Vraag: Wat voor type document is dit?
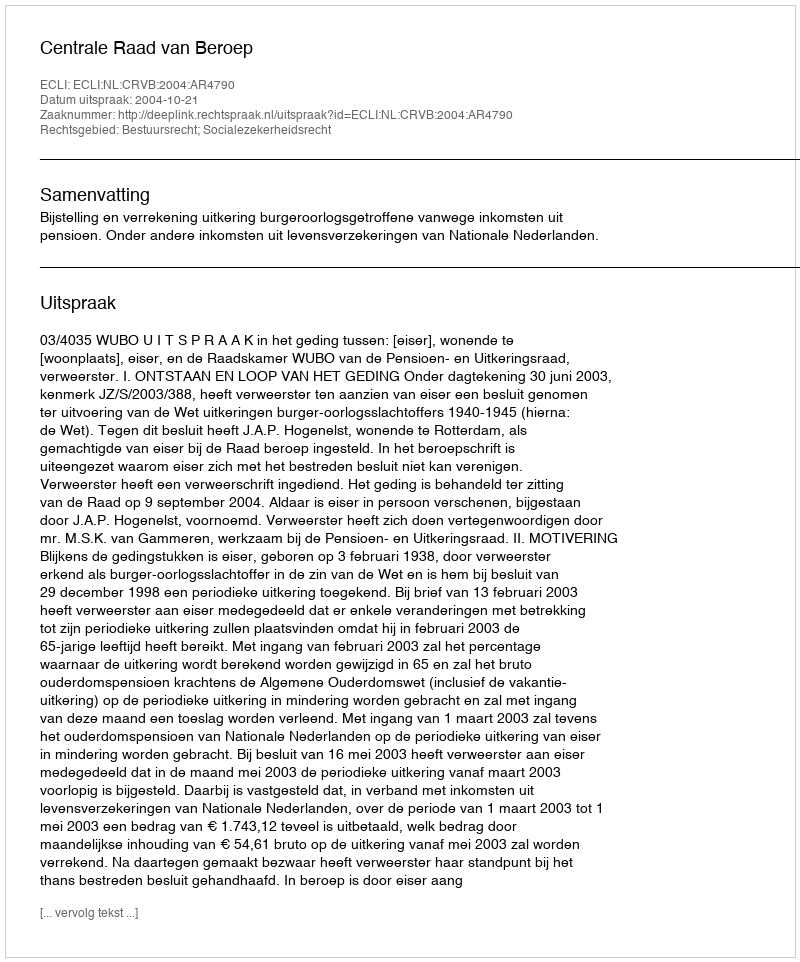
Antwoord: Uitspraak